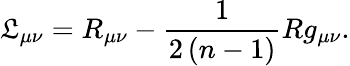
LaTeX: \mathfrak{L}_{\mu\nu}=R_{\mu\nu}-\frac{{1}}{{2\left(n-1\right)}}Rg_{\mu\nu}.